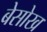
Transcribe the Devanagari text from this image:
बेसोख